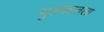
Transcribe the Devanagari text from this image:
मुलखातला